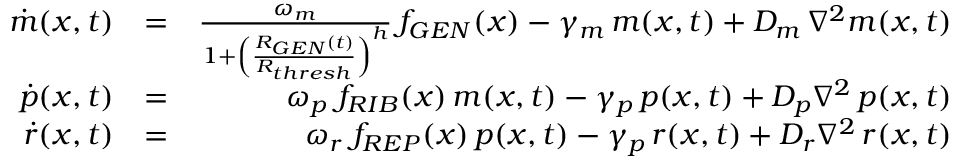
\begin{array} { r l r } { \dot { m } ( x , t ) } & { = } & { \frac { \omega _ { m } } { 1 + \left( \frac { R _ { G E N } ( t ) } { R _ { t h r e s h } } \right) ^ { h } } \, f _ { G E N } ( x ) - \gamma _ { m } \, m ( x , t ) + D _ { m } \, \nabla ^ { 2 } m ( x , t ) } \\ { \dot { p } ( x , t ) } & { = } & { \omega _ { p } \; f _ { R I B } ( x ) \, m ( x , t ) - \gamma _ { p } \, p ( x , t ) + D _ { p } \nabla ^ { 2 } \, p ( x , t ) } \\ { \dot { r } ( x , t ) } & { = } & { \omega _ { r } \; f _ { R E P } ( x ) \, p ( x , t ) - \gamma _ { p } \, r ( x , t ) + D _ { r } \nabla ^ { 2 } \, r ( x , t ) } \end{array}